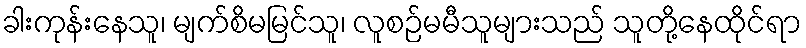
ခါးကုန်းနေသူ၊ မျက်စိမမြင်သူ၊ လူစဉ်မမီသူများသည် သူတို့နေထိုင်ရာ